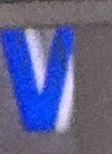
V